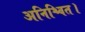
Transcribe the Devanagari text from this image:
अनिश्चित।